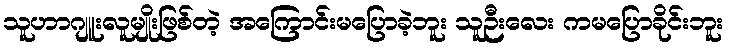
သူဟာဂျူးလူမျိုးဖြစ်တဲ့ အကြောင်းမပြောခဲ့ဘူး သူဉီးလေး ကမပြောခိုင်းဘူး